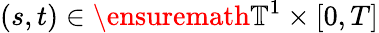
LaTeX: (s,t)\in\ensuremath{\mathbb{T}}^{1}\times[0,T]